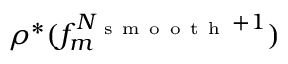
\rho ^ { * } ( f _ { m } ^ { N _ { \mathrm { ~ s ~ m ~ o ~ o ~ t ~ h ~ } } + 1 } )